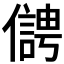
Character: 𠏬